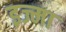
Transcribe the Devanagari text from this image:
इज्मा